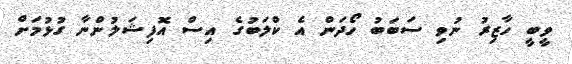
ވީބީ ހާޒިރު ނުވި ސަބަބު ހޯދަން އެ ކްލަބުގެ އިސް އޮފިޝަލުންނާ ގުޅުމަށް